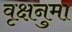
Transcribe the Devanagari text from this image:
वृक्षनुमा